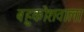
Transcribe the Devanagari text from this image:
बहुकोशवाला